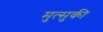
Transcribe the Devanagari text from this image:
मुत्सुकी